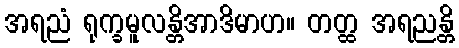
အရညံ ရုက္ခမူလန္တိအာဒိမာဟ။ တတ္ထ အရညန္တိ